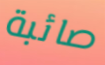
صائبة